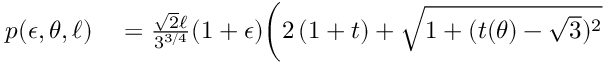
\begin{array} { r l } { p ( \epsilon , \theta , \ell ) } & { { } = \frac { \sqrt { 2 } \ell } { 3 ^ { 3 / 4 } } ( 1 + \epsilon ) \bigg ( 2 \left( 1 + t \right) + \sqrt { 1 + ( t ( \theta ) - \sqrt { 3 } ) ^ { 2 } } } \end{array}